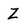
Character: Z